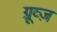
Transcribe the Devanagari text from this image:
ग्रूव्ज़